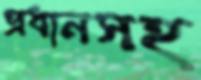
প্রধানসহ